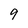
Character: 9